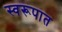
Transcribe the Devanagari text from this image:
स्‍वरूपात